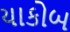
યાકોબ